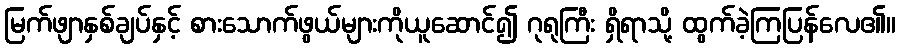
မြက်ဖျာနှစ်ချပ်နှင့် စားသောက်ဖွယ်များကိုယူဆောင်၍ ဂုရုကြီး ရှိရာသို့ ထွက်ခဲ့ကြပြန်လေ၏။